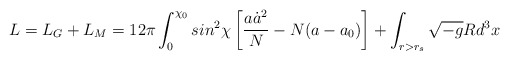
\begin{align*}L = L_{G} + L_{M} = 12 \pi \int_{0}^{\chi_{0}} sin^{2}\chi \left[\frac{a \dot{a}^{2}}{N} - N (a - a_{0}) \right] + \int_{r>r_{s}}\sqrt{- g} R d^{3}x\end{align*}